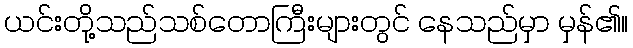
ယင်းတို့သည်သစ်တောကြီးများတွင် နေသည်မှာ မှန်၏။